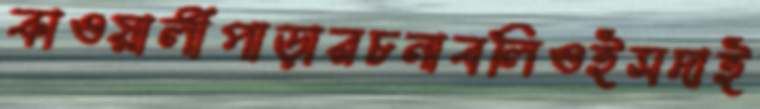
কাওয়ালীপাড়ারচনাবলিওইসদাই